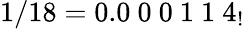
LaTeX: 1/18=0.0\ 0\ 0\ 1\ 1\ 4_{!}